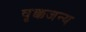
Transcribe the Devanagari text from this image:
वृक्कजन्य